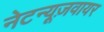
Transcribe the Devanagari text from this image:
नेटन्यूज़वायर